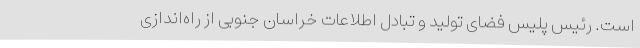
است. رئیس پلیس فضای تولید و تبادل اطلاعات خراسان جنوبی از راه‌اندازی